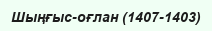
Шыңғыс-оғлан (1407-1403)